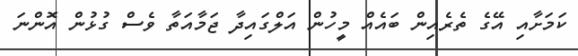
ކަމަށާއި އޭގެ ތެރެއިން ބައެއް މީހުން އަލްގައިދާ ޖަމާއަތާ ވެސް ގުޅުން އޮންނަ